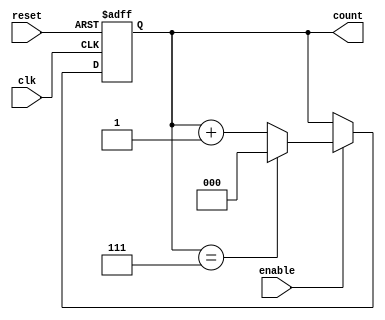
module modulus_counter #(
    parameter MODULUS = 8      // Default modulus value
)(
    input wire clk,            // Clock input
    input wire reset,          // Asynchronous reset (active high)
    input wire enable,         // Enable input (optional)
    output reg [$clog2(MODULUS)-1:0] count // Count output
);

// Counter logic
always @(posedge clk or posedge reset) begin
    if (reset) begin
        // Asynchronous reset
        count <= 0;
    end else if (enable) begin
        // Increment count
        if (count == MODULUS - 1) begin
            count <= 0; // Reset to zero when modulus reached
        end else begin
            count <= count + 1; // Increment the counter
        end
    end
end

endmodule